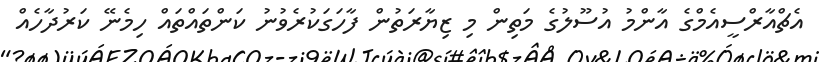
އެޗްއާރްސީއެމްގެ އާންމު އުސޫލުގެ މަތިން މި ޒިޔާރަތުން ފާހަގަކުރެވުނު ކަންތައްތައް ހިމެނޭ ކަރުދާހެއް